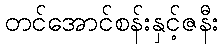
တင်အောင်စန်းနှင့်ဇနီး